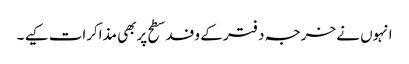
انہوں نے خرجہ دفتر کے وفد سطح پربھی مذاکرات کیے ۔